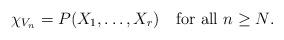
LaTeX: \begin{align*}\chi_{V_n}=P(X_1,\ldots ,X_r) \ \ \ \mbox{for all $n\geq N$.}\end{align*}